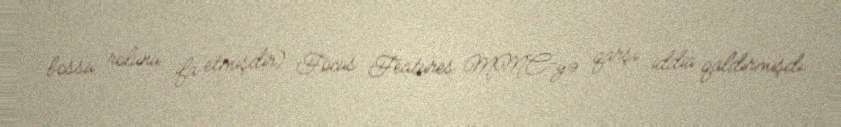
bossu rolunu ifa etmişdir) Focus Features MMC-yə qarşı iddia qaldırmışdı.